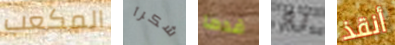
المكعب شكرآ قدما به أنقذ